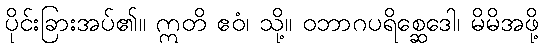
ပိုင်းခြားအပ်၏။ ဣတိ ဧဝံ၊ သို့။ ဝဘာဂပရိစ္ဆေဒေါ၊ မိမိအဖို့